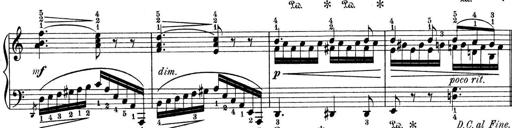
Title: 9 Sonatinen
Composer: Alexander Winterberger